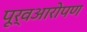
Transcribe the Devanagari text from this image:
पूर्वआरोपण